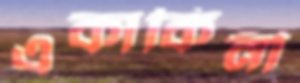
একাকিনী